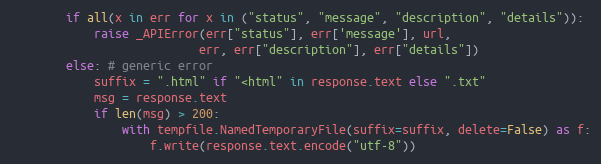
Language: Python
        if all(x in err for x in ("status", "message", "description", "details")):
            raise _APIError(err["status"], err['message'], url,
                           err, err["description"], err["details"])
        else: # generic error
            suffix = ".html" if "<html" in response.text else ".txt"
            msg = response.text
            if len(msg) > 200:
                with tempfile.NamedTemporaryFile(suffix=suffix, delete=False) as f:
                    f.write(response.text.encode("utf-8"))